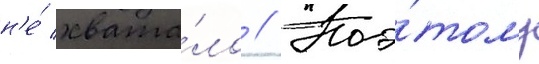
н'е́ хвата́ло // Поэ́тому